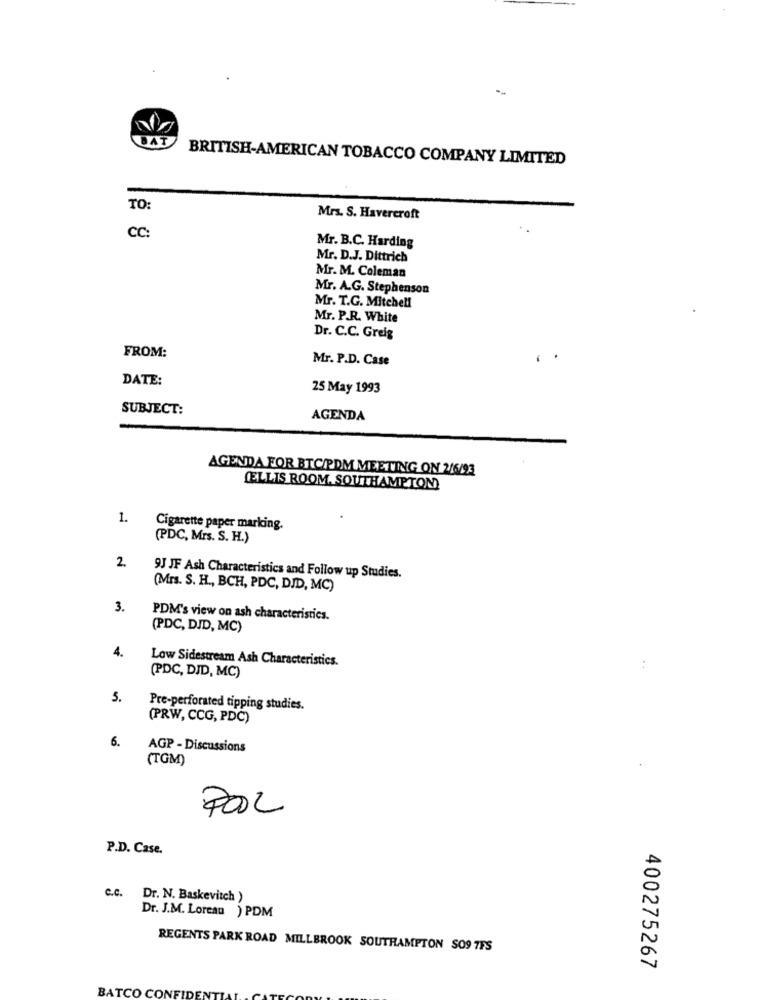
DAT
BRITISH-AMERICAN TOBACCO COMPANY LIMITED
TO:
Mrs. S. Havercroft
cc:
Mr. B.C. Harding
Mr. D.J. Dittrich
Mr. M. Coleman
Mr. A.G. Stephenson
Mr. T.G. Mitchell
Mr. P.R. White
Dr. C.C. Greig
FROM:
Mr. P.D. Case
DATE:
25 May 1993
SUBJECT:
AGENDA
AGENDA FOR BTCIPDM MEETING ON 2/6/93
[LLIS ROOM. SOUTHAMPTON)
1.
Cigarette paper marking.
(PDC, Mrs. S. H.)
2.
9J JF Ash Characteristics and Follow up Studies.
(Mrs. S. H ., BCH, PDC, DID, MC)
3.
PDM's view on ash characteristics.
(PDC, DJD, MC)
4.
Low Sidestream Ash Characteristics.
:
(PDC, DID, MC)
5.
Pre-perforated tipping studies.
(PRW, CCG, PDC)
6.
AGP - Discussions
(TGM)
P.D. Case.
c.c. Dr. N. Baskevitch )
Dr. J.M. Loreau ) PDM
REGENTS PARK ROAD MILLBROOK SOUTHAMPTON SO9 7FS
400275267
BATCO CONF